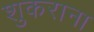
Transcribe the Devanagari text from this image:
शुकराना